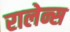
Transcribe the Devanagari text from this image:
रालेन्स